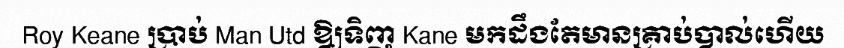
Roy Keane ប្រាប់ Man Utd ឱ្យទិញ Kane មកដឹងតែមានគ្រាប់បាល់ហើយ